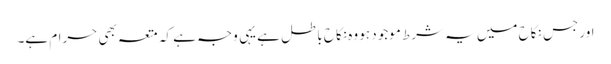
اور جس نکاح میں یہ شرط موجود ہو وہ نکاح باطل ہے یہی وجہ ہے کہ متعہ بھی حرام ہے۔